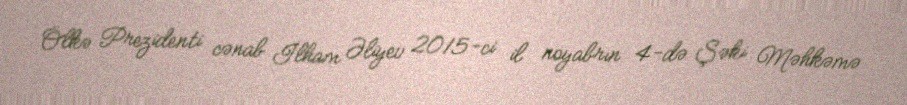
Ölkə Prezidenti cənab İlham Əliyev 2015-ci il noyabrın 4-də Şəki Məhkəmə